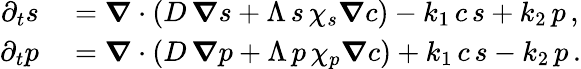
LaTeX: \begin{array}{rl}{\partial_{t}s}&{{}=\boldsymbol\nabla\cdot\left(D\, \boldsymbol\nabla s+\Lambda\, s\, \chi_{s}\boldsymbol\nabla c\right)-k_{1}\, c\, s+k_{2}\, p\, ,}\\ {\partial_{t}p}&{{}=\boldsymbol\nabla\cdot\left(D\, \boldsymbol\nabla p+\Lambda\, p\, \chi_{p}\boldsymbol\nabla c\right)+k_{1}\, c\, s-k_{2}\, p\, .}\end{array}